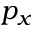
p _ { x }